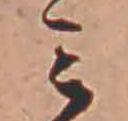
ミ